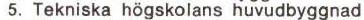
5. Tekniska högskolans huvudbyggnad